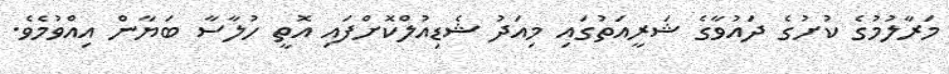
މަރާލުމުގެ ކުށުގެ ދައުވާގެ ޝަރީއަތުގައި މިއަދު ޝެޑިއުލްކޮށްފައި އޮތީ ހުލާސާ ބަޔާން އިއްވުމެވެ.